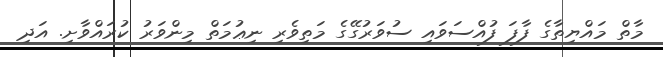
މާތް މައްޔިތާގެ ފާފަ ފުއްސަވައި ސުވަރުގޭގެ މަތިވެރި ނިޢުމަތް މިންވަރު ކުރައްވާށި. އަދި